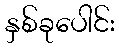
နှစ်ခုပေါင်း